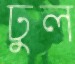
ঢুল